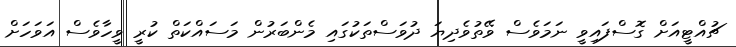
ޗުއްޓީއަށް ގޮސްފައިވީ ނަމަވެސް ވޭތުވެދިޔަ ދުވަސްތަކުގައި މެންބަރުން މަސައްކަތް ކުރީ ވީހާވެސް އަވަހަށް